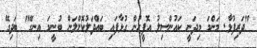
"ދަރިފުޅާ. މަންމަ މިދަނީ ކައުންސިލު އޮފީހުން ގުޅާފައި ބައްދަލުކޮށްލަން ބުނީމަ އިނގޭ" ބަދިގޭ